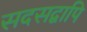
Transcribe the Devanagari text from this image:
सदसद्वापि